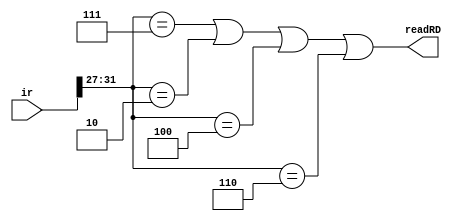
// decides if we should read from rd instead of rt
module shouldReadRD(readRD, ir);
    input[31:0] ir;
    output readRD;

    wire [4:0] opcode;
    assign opcode = ir[31:27];

    assign readRD = (opcode == 5'b00111) // sw 
        | (opcode == 5'b00010) //bne
        | (opcode == 5'b00100) // jr
        | (opcode == 5'b00110); // blt

endmodule